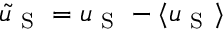
\tilde { u } _ { \mathrm { ~ S ~ } } = u _ { \mathrm { ~ S ~ } } - \langle u _ { \mathrm { ~ S ~ } } \rangle